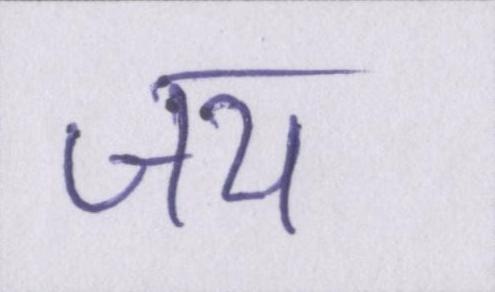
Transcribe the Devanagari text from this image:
जय